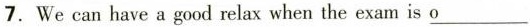
7.We can have a good relax when the exam is\underline{o}